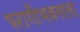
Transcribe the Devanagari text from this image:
परागीभवनाला